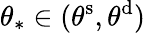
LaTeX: \theta_{*}\in(\theta^{\mathrm{s}},\theta^{\mathrm{d}})